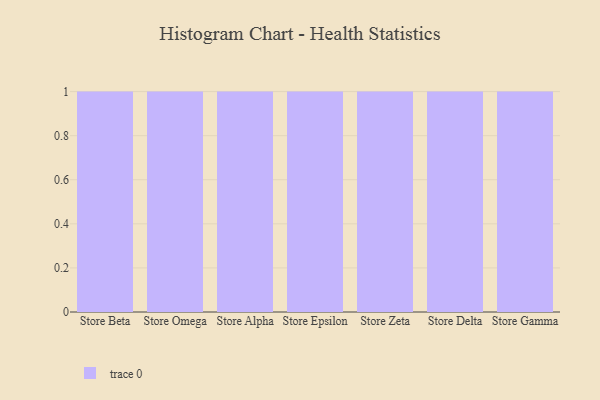
{"axis": {"x": "Store", "y": "Headcount"}, "legend": [""], "data": [{"x": "Store Beta", "y": 56, "type": ""}, {"x": "Store Omega", "y": 15, "type": ""}, {"x": "Store Alpha", "y": 18, "type": ""}, {"x": "Store Epsilon", "y": 70, "type": ""}, {"x": "Store Zeta", "y": 6, "type": ""}, {"x": "Store Delta", "y": 19, "type": ""}, {"x": "Store Gamma", "y": 77, "type": ""}]}